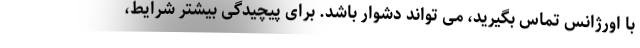
با اورژانس تماس بگیرید، می تواند دشوار باشد. برای پیچیدگی بیشتر شرایط،